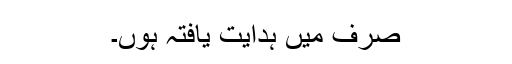
صرف میں ہدایت یافتہ ہوں۔